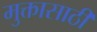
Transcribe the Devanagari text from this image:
मुक्तासाठी